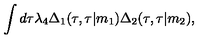
\int d \tau { \lambda } _ { 4 } { \Delta } _ { 1 } ( \tau , \tau \vert m _ { 1 } ) { \Delta } _ { 2 } ( \tau , \tau \vert m _ { 2 } ) ,